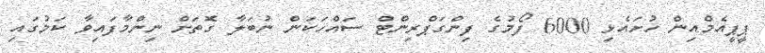
ޕީޕީއެމްއިން ހުށައެޅި 6000 ފޯމުގެ ފިންގަޕްރިންޓް ސައްހަކަން ނުބަލާ ގޮތަށް ނިންމާފައިވާ ކަމުގައި